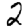
Digit: 2